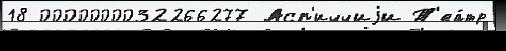
18 0000000032266277 Асп'иччиjи Т'еа́тр